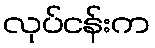
လုပ်ငန်းက